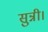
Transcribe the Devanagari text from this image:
सुन्नी।